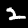
Digit: 2